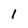
Character: 1